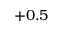
+ 0 . 5